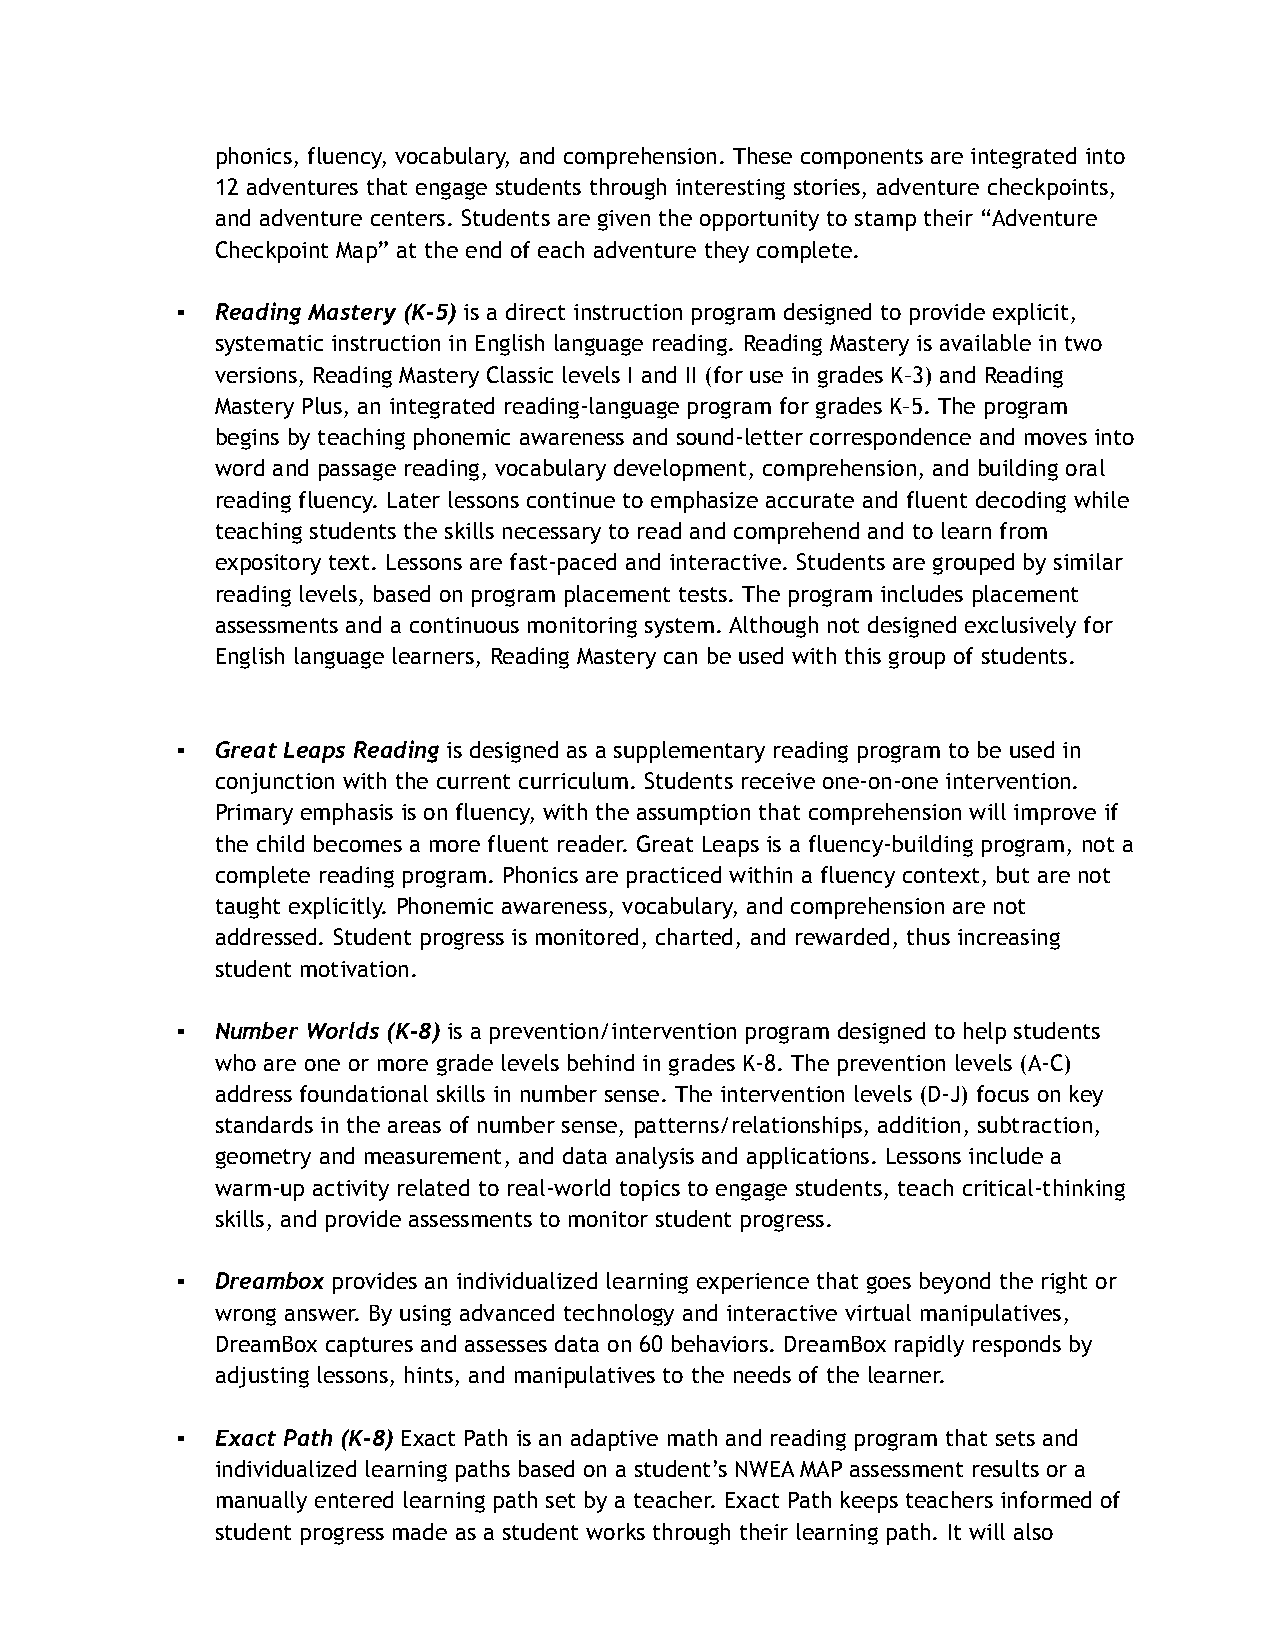
phonics, fluency, vocabulary, and comprehension. These components are integrated into
 12 adventures that engage students through interesting stories, adventure checkpoints,
 and adventure centers. Students are given the opportunity to stamp their “Adventure
 Checkpoint Map” at the end of each adventure they complete.
 ▪ Reading Mastery (K-5) is a direct instruction program designed to provide explicit,
 systematic instruction in English language reading. Reading Mastery is available in two
 versions, Reading Mastery Classic levels I and II (for use in grades K–3) and Reading
 Mastery Plus, an integrated reading-language program for grades K–5. The program
 begins by teaching phonemic awareness and sound-letter correspondence and moves into
 word and passage reading, vocabulary development, comprehension, and building oral
 reading fluency. Later lessons continue to emphasize accurate and fluent decoding while
 teaching students the skills necessary to read and comprehend and to learn from
 expository text. Lessons are fast-paced and interactive. Students are grouped by similar
 reading levels, based on program placement tests. The program includes placement
 assessments and a continuous monitoring system. Although not designed exclusively for
 English language learners, Reading Mastery can be used with this group of students.
 ▪ Great Leaps Reading is designed as a supplementary reading program to be used in
 conjunction with the current curriculum. Students receive one-on-one intervention.
 Primary emphasis is on fluency, with the assumption that comprehension will improve if
 the child becomes a more fluent reader. Great Leaps is a fluency-building program, not a
 complete reading program. Phonics are practiced within a fluency context, but are not
 taught explicitly. Phonemic awareness, vocabulary, and comprehension are not
 addressed. Student progress is monitored, charted, and rewarded, thus increasing
 student motivation.
 ▪ Number Worlds (K-8) is a prevention/intervention program designed to help students
 who are one or more grade levels behind in grades K-8. The prevention levels (A-C)
 address foundational skills in number sense. The intervention levels (D-J) focus on key
 standards in the areas of number sense, patterns/relationships, addition, subtraction,
 geometry and measurement, and data analysis and applications. Lessons include a
 warm-up activity related to real-world topics to engage students, teach critical-thinking
 skills, and provide assessments to monitor student progress.
 ▪ Dreambox provides an individualized learning experience that goes beyond the right or
 wrong answer. By using advanced technology and interactive virtual manipulatives,
 DreamBox captures and assesses data on 60 behaviors. DreamBox rapidly responds by
 adjusting lessons, hints, and manipulatives to the needs of the learner.
 ▪ Exact Path (K-8) Exact Path is an adaptive math and reading program that sets and
 individualized learning paths based on a student’s NWEA MAP assessment results or a
 manually entered learning path set by a teacher. Exact Path keeps teachers informed of
 student progress made as a student works through their learning path. It will also